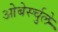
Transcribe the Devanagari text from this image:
ओबेर्स्चुले